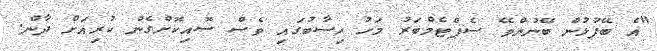
"އެ ބޭފުޅުން ބޭނުންވޭ ސެޕްޓެމްބަރު މަހު ހިސާބުގައި ވެސް ސޮއިކޮށްގެން ކުރިއަށް ދާން.